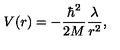
V ( r ) = - \frac { \hbar ^ { 2 } } { 2 M } \frac { \lambda } { r ^ { 2 } } ,